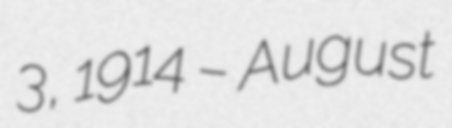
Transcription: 3, 1914 – August